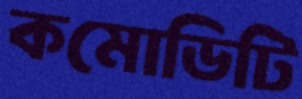
কমোডিটি